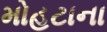
મોહટાના